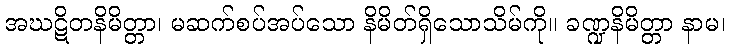
အဃဋိတနိမိတ္တာ၊ မဆက်စပ်အပ်သော နိမိတ်ရှိသောသိမ်ကို။ ခဏ္ဍနိမိတ္တာ နာမ၊